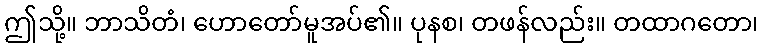
ဤသို့။ ဘာသိတံ၊ ဟောတော်မူအပ်၏။ ပုနစ၊ တဖန်လည်း။ တထာဂတော၊